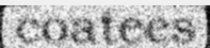
coatees